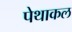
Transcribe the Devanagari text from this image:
पेथाकल